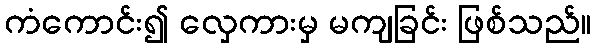
ကံကောင်း၍ လှေကားမှ မကျခြင်း ဖြစ်သည်။